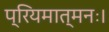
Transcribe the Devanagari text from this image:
प्रियमात्मनः।